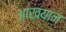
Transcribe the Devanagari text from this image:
आखयान